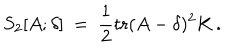
LaTeX: S _ { 2 } [ A ; \delta ] ~ = ~ \frac { 1 } { 2 } \mathrm { t r } ( A - \delta ) ^ { 2 } K \, .